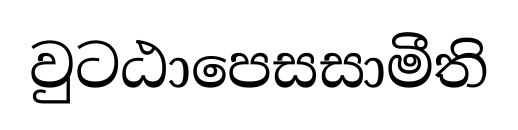
වුටඨාපෙසසාමීති